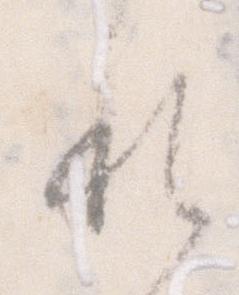
れ